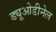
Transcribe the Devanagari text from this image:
ड्यूओडीनेल